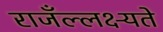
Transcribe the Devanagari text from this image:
राजँल्लक्ष्यते